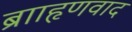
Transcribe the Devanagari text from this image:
ब्रााहृणवाद